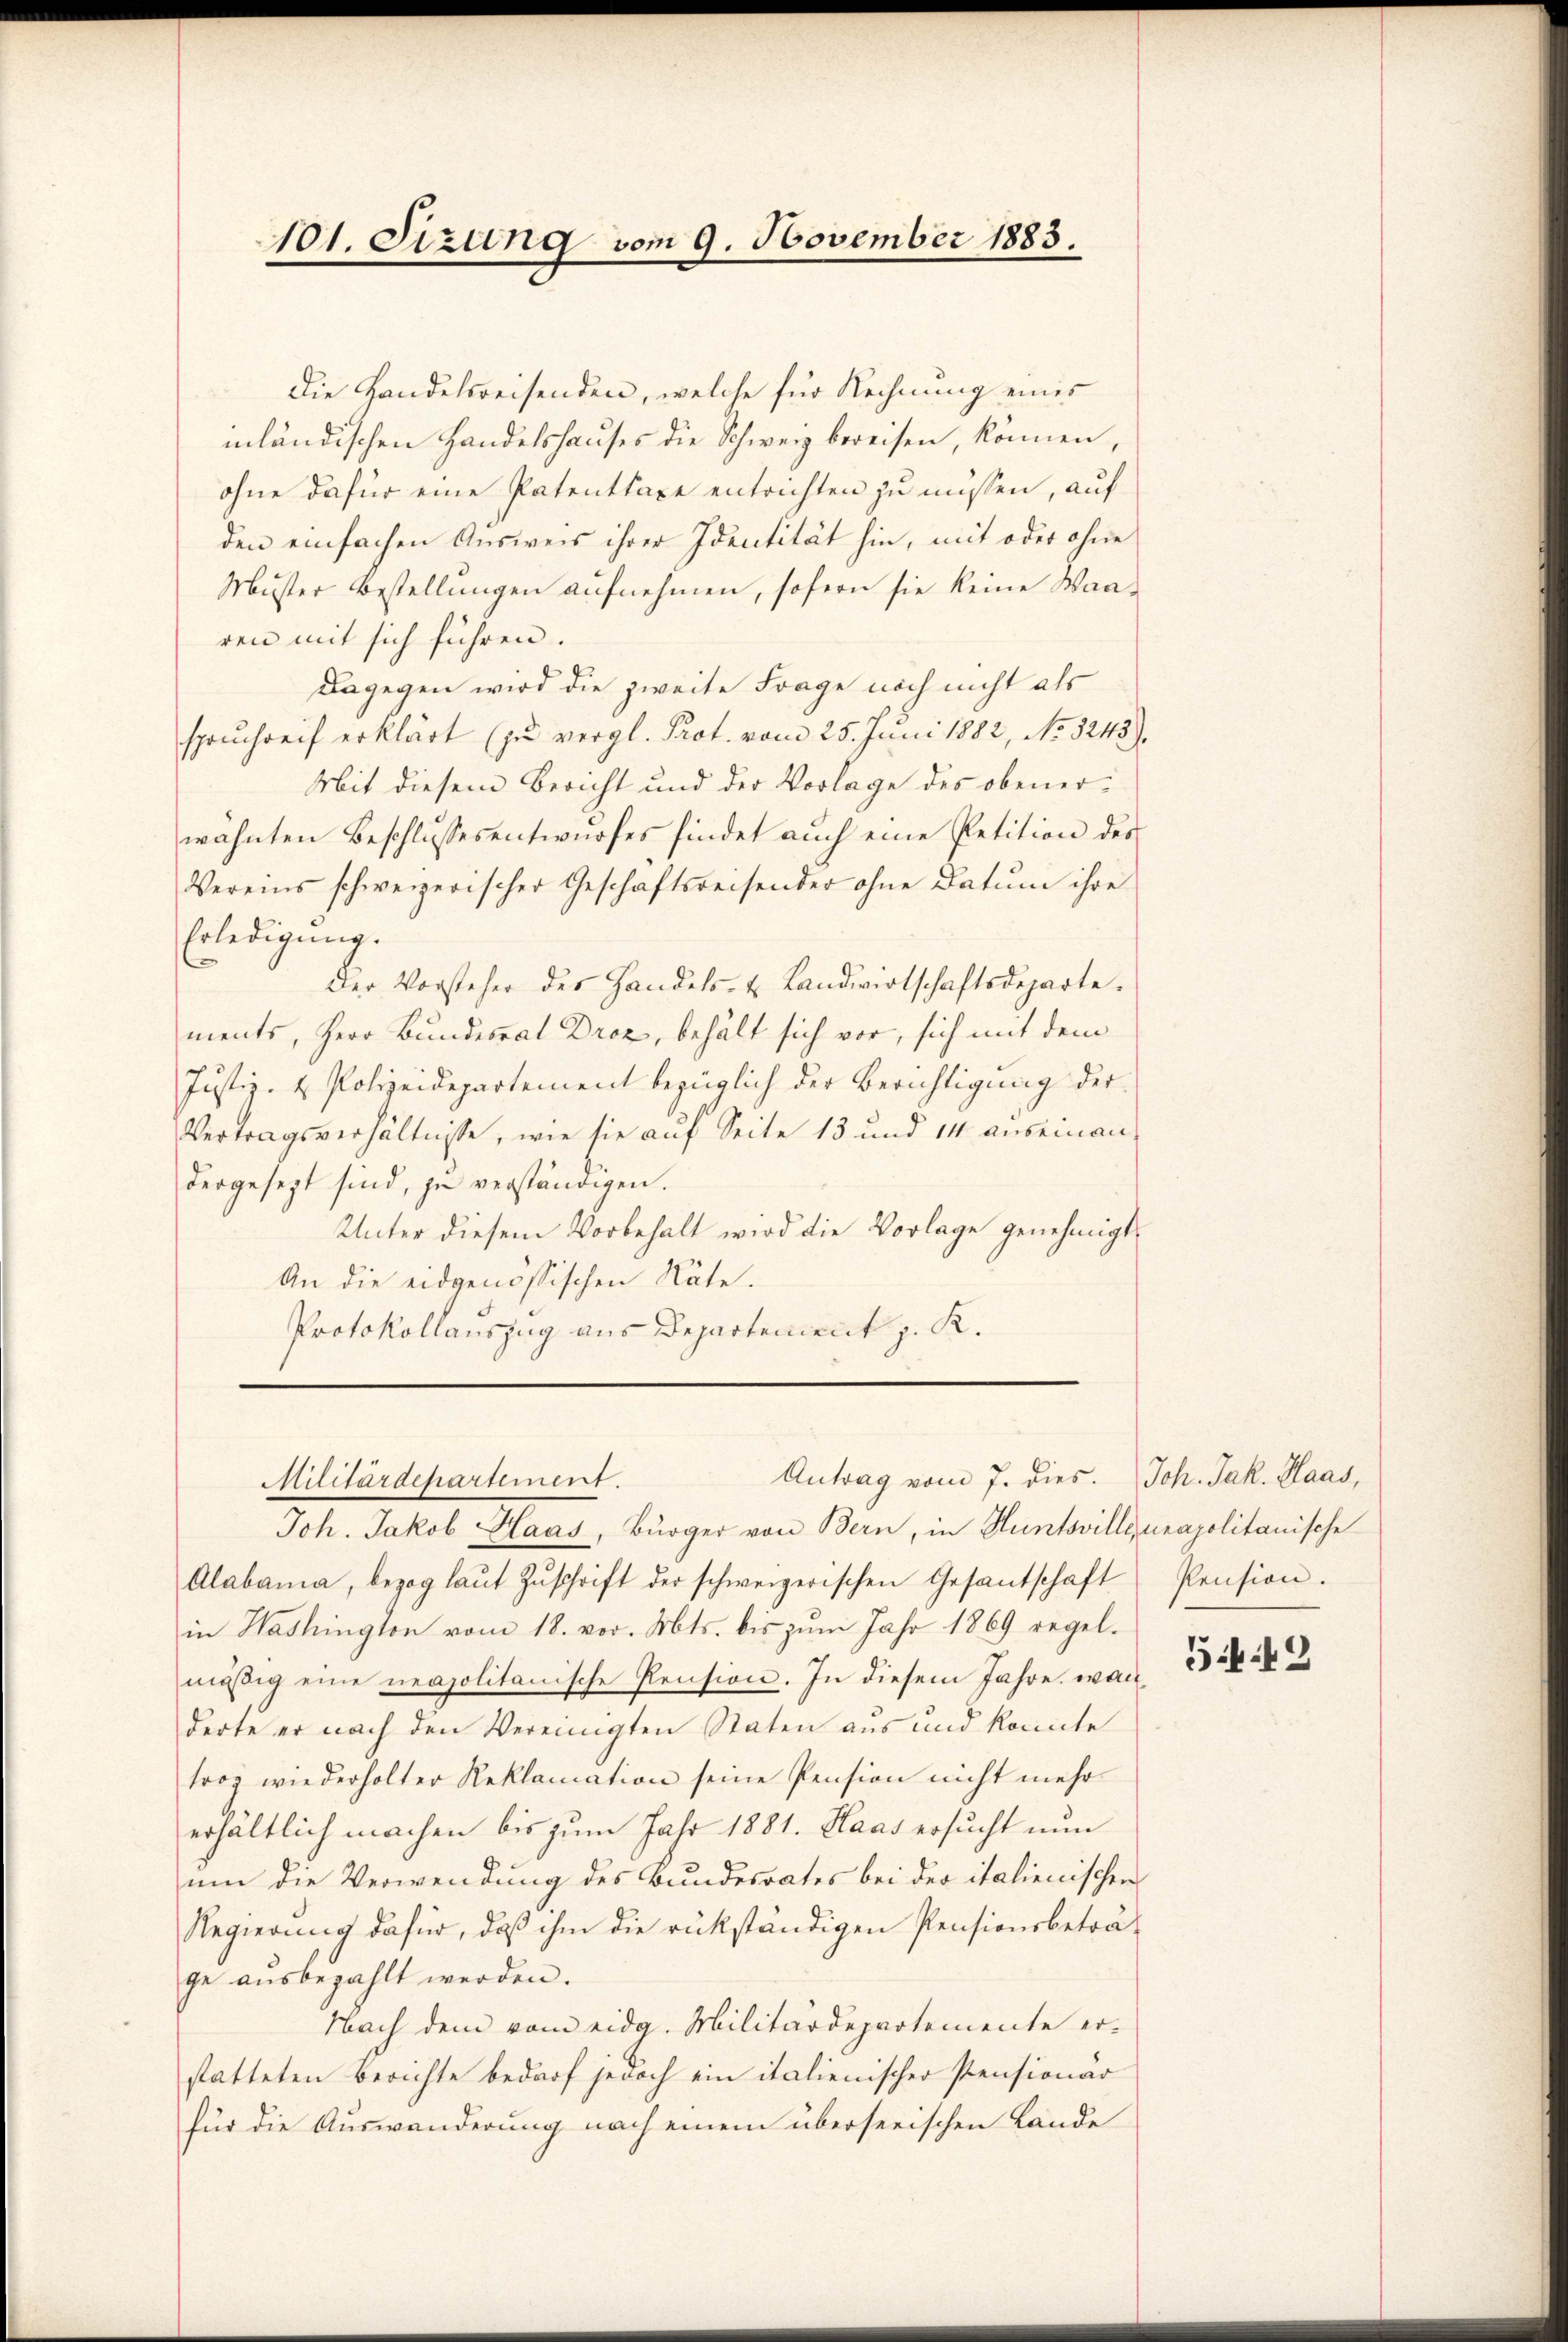
101. Sizung vom 9. November 1883.

Die Handelsreisenden, welche für Rechnung eines
inländischen Handelshauses die Schweiz bereisen, können,
ohne dafür eine Patenttaxe entrichten zu müssen, auf
den einfachen Ausweis ihrer Identität hin, mit oder ohne
Muster Bestellungen aufnehmen, sofern sie keine Waaren mit sich führen.
Dagegen wird die zweite Frage noch nicht als
spruchreif erklärt (zu vergl. Prot. vom 25. Juni 1882, No 3243).
Mit diesem Bericht und der Vorlage des obenerwähnten Beschlussesentwurfes findet auch eine Petition des
Vereins schweizerischer Geschaftsreisender ohne Datum ihre
Erledigung.
Der Vorsteher des Handels- u Landwirtschaftsdeparte.
ments, Herr Bundesrat Droz, behält sich vor, sich mit dem
Justiz- & Polizeidepartement bezüglich der Berichtigung der
Vertragsverhältnisse, wie sie auf Seite 13 und 14 auseinandergesezt sind, zu verständigen.
Unter diesem Vorbehalt wird die Vorlage genehmigt.
An die eidgenössischen Räte.
Protokollauszug aus Departement z. K.
Antrag vom 7. dies. Joh. Jak. Haas,
Militärdepartement.
Joh. Jakob Haas, Bürger von Bern, in Huntsville, unapolitanische
Alabama, bezog laŭt Zŭschrift der schweizerischen Gesandschaft Pension.
in Washington vom 18. vor. Mts. bis zum Jahr 1869 regelmäsig eine neapolitanische Pension. In diesem Jahre, war
derte er nach den Vereinigten Staten aus und konnte
trog wiederholter Reklamation seine Pension nicht mehr
erhältlich machen bis zum Jahr 1881. Haas ersucht nun
um die Verwendung des Bundesrates bei der italienischen
Regierung dafür, daß ihm die rükständigen Pensionsbeträge ausbezahlt werden.
Nach dem vom eidg. Militärdepartemente er-
statteten Berichte bedarf jedoch ein italienischer Pensionär
für die Auswanderung nach einem überseeischen Lande

5449